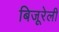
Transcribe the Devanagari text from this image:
बिजूरेली